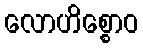
လောဟိစ္စောဝ